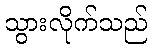
သွားလိုက်သည်